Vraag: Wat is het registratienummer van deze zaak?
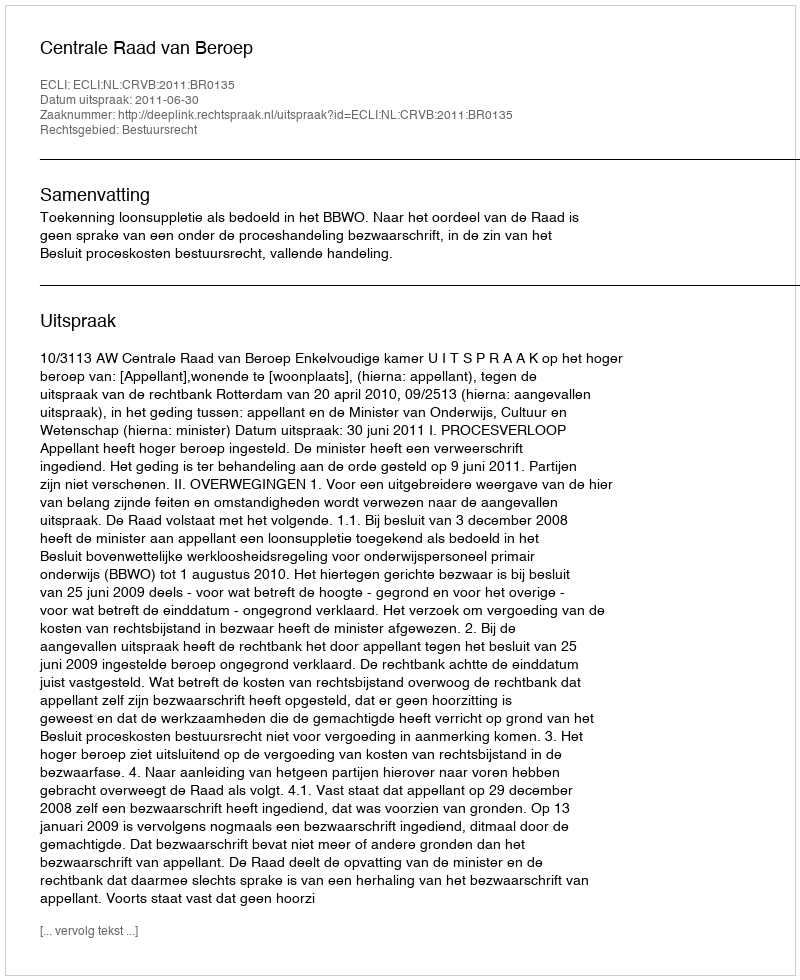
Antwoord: http://deeplink.rechtspraak.nl/uitspraak?id=ECLI:NL:CRVB:2011:BR0135